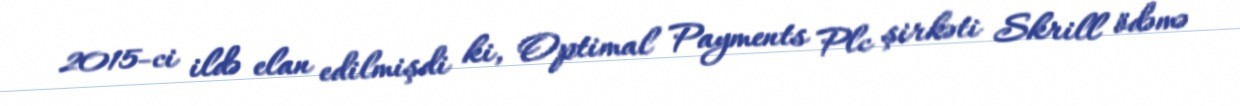
2015-ci ildə elan edilmişdi ki, Optimal Payments Plc şirkəti Skrill ödəmə